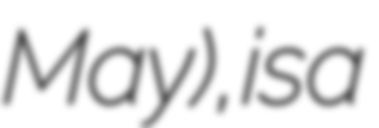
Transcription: May), is a